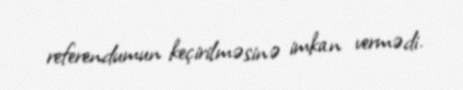
referendumun keçirilməsinə imkan vermədi.